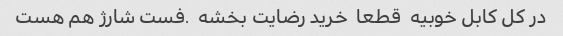
در کل کابل خوبیه  قطعا  خرید رضایت بخشه  .فست شارژ هم هست